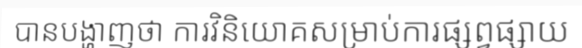
បានបង្ហាញថា ការវិនិយោគសម្រាប់ការផ្សព្វផ្សាយ